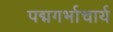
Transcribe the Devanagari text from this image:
पद्मगर्भाचार्य